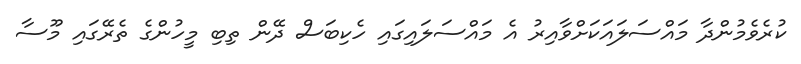
ކުރެވެމުންދާ މައްސަލައަކަށްވާއިރު އެ މައްސަލައިގައި ހެކިބަސް ދޭން ތިބި މީހުންގެ ތެރޭގައި މޫސާ